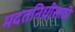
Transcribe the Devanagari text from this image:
मदतनिधीसाठी